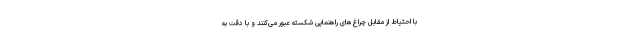
با احتیاط از مقابل چراغ‌های راهنمایی شکسته عبور می‌کنند و با دقت به